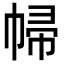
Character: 𢃞